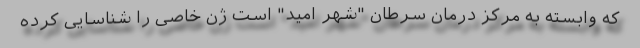
که وابسته به مرکز درمان سرطان "شهر امید" است ژن خاصی را شناسایی کرده